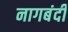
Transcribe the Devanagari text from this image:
नागबंदी